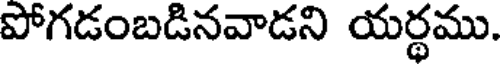
పోగడంబడినవాడని యర్థము.